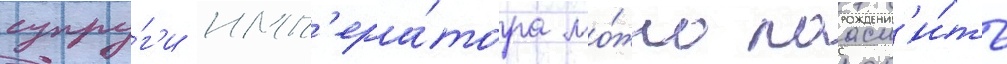
супру́г'и имп'ера́тора мо́жно поасн'и́ть